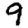
Digit: 9